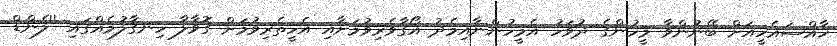
ޚާއްޞައެހީއަށް ބޭނުންވާ މީހުންގެ ދުވަހު އެމީހުންނާއިމެދު އޯގާވެރިވުމަށާއި އެހީތެރިވުމަށް ގޮވާލާ ހިނގާލުމެއްގައި ''ލެންޑް